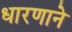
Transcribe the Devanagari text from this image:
धारणाने